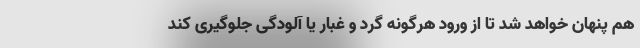
هم پنهان خواهد شد تا از ورود هرگونه گرد و غبار یا آلودگی جلوگیری کند